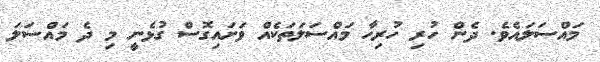
މައްސަލައެވެ. ދެން ހުރި ހުރިހާ މައްސަލަތަކެއް ވަށައިގޮސް ގުޅެނީ މި ދެ މައްސަލަ